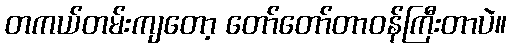
တကယ်တမ်းကျတော့ တော်တော်တာဝန်ကြီးတာပဲ။